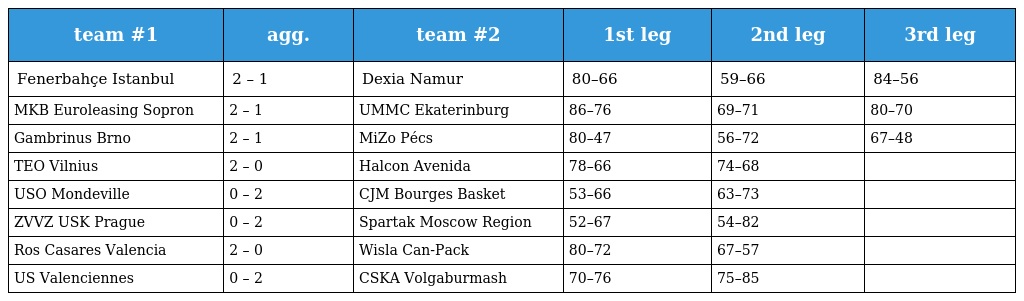
| team #1 | agg. | team #2 | 1st leg | 2nd leg | 3rd leg |
 | --- | --- | --- | --- | --- | --- |
 | Fenerbahçe Istanbul | 2 – 1 | Dexia Namur | 80–66 | 59–66 | 84–56 |
 | MKB Euroleasing Sopron | 2 – 1 | UMMC Ekaterinburg | 86–76 | 69–71 | 80–70 |
 | Gambrinus Brno | 2 – 1 | MiZo Pécs | 80–47 | 56–72 | 67–48 |
 | TEO Vilnius | 2 – 0 | Halcon Avenida | 78–66 | 74–68 |  |
 | USO Mondeville | 0 – 2 | CJM Bourges Basket | 53–66 | 63–73 |  |
 | ZVVZ USK Prague | 0 – 2 | Spartak Moscow Region | 52–67 | 54–82 |  |
 | Ros Casares Valencia | 2 – 0 | Wisla Can-Pack | 80–72 | 67–57 |  |
 | US Valenciennes | 0 – 2 | CSKA Volgaburmash | 70–76 | 75–85 |  |